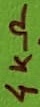
Text: 4KΩ